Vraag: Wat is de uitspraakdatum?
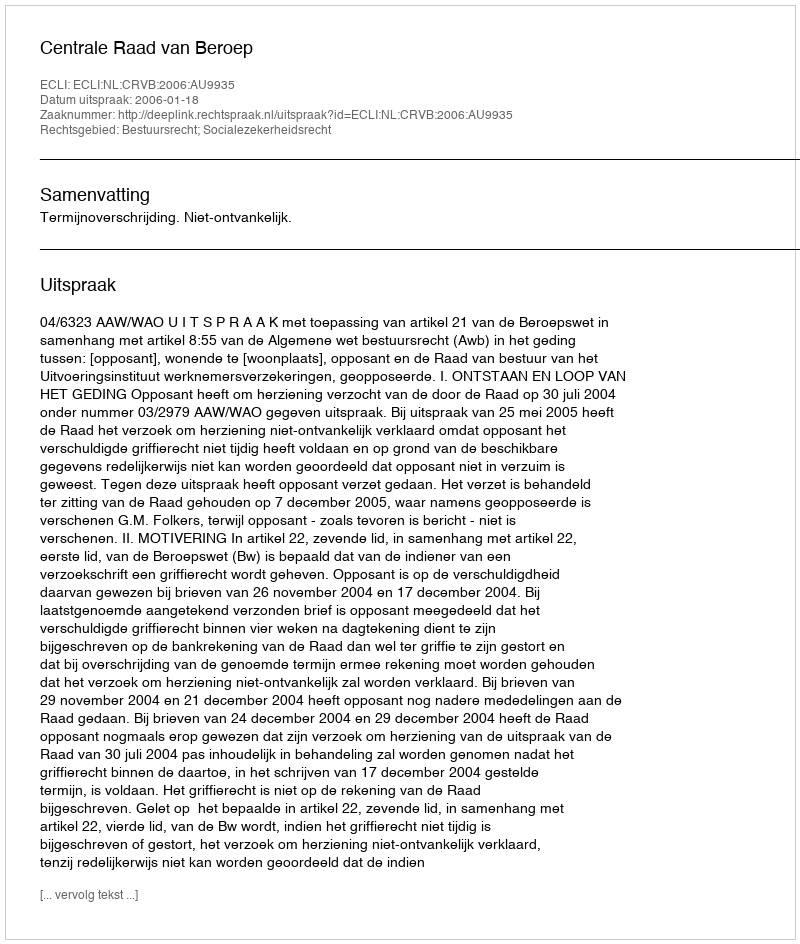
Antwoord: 2006-01-18